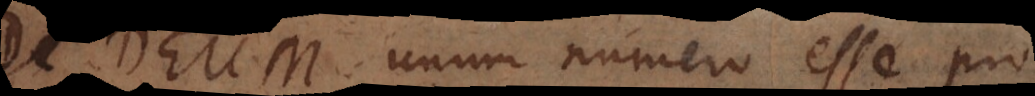
. Deum, unum numero esse pro